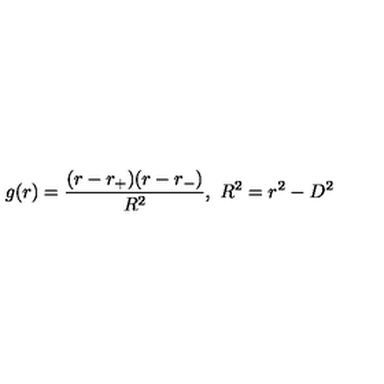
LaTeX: g ( r ) = { \frac { ( r - r _ { + } ) ( r - r _ { - } ) } { R ^ { 2 } } } , \ R ^ { 2 } = r ^ { 2 } - D ^ { 2 }